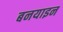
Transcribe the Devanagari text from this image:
बनयाइन